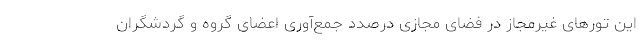
این تورهای غیرمجاز در فضای مجازی درصدد جمع‌آوری اعضای گروه و گردشگران